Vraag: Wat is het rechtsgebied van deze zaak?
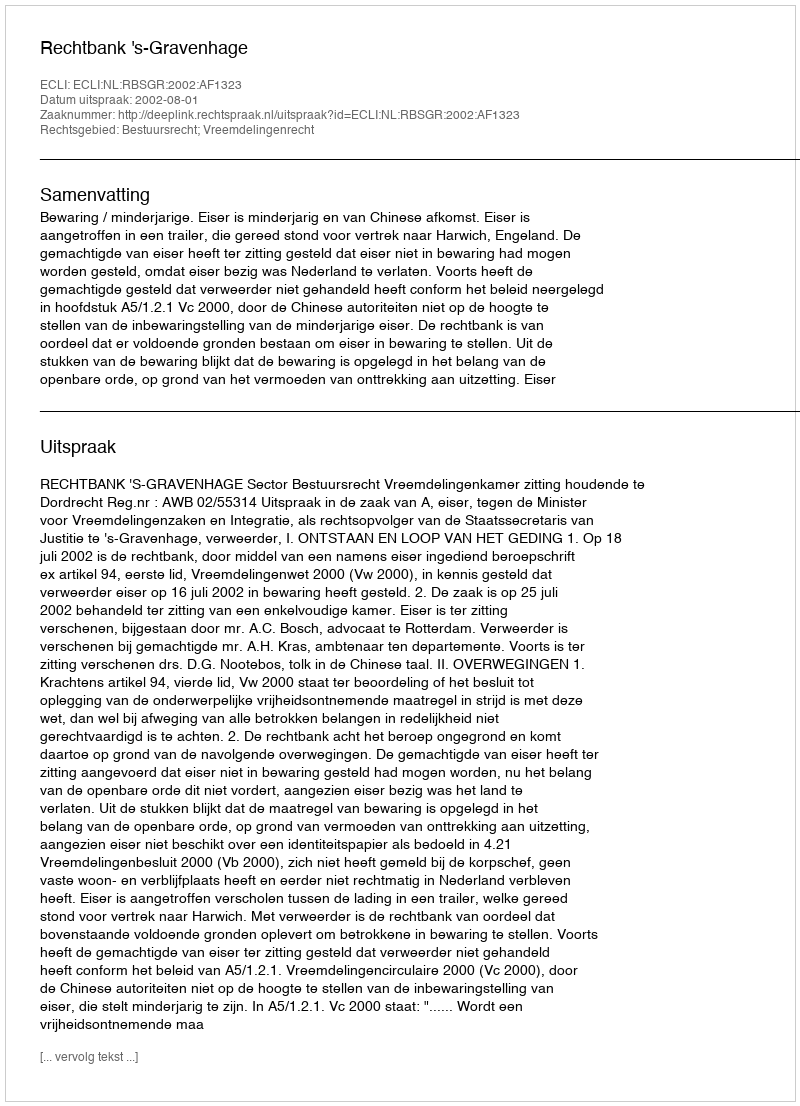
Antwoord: Bestuursrecht; Vreemdelingenrecht